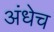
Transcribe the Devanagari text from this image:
अंधेच